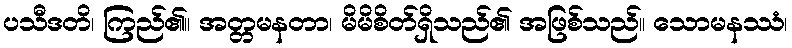
ပသီဒတိ၊ ကြည်၏။ အတ္တမနတာ၊ မိမိစိတ်ရှိသည်၏ အဖြစ်သည်။ သောမနဿံ၊